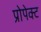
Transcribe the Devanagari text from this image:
प्रोपेक्ट